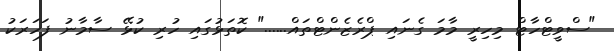
"ސްވީޓްހާޓް މިހިރީ މާމަ ގެނައި ޕްރެޒެންޓްތައް......" ކޮތަޅުގައި ހުރި ކުޅޭ ސާމާނު ފަހަރަކު